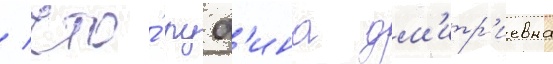
/ что́ руф'ина дм'итр'иевна